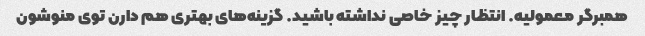
همبرگر معمولیه. انتظار چیز خاصی نداشته باشید. گزینه‌های بهتری هم دارن توی منوشون